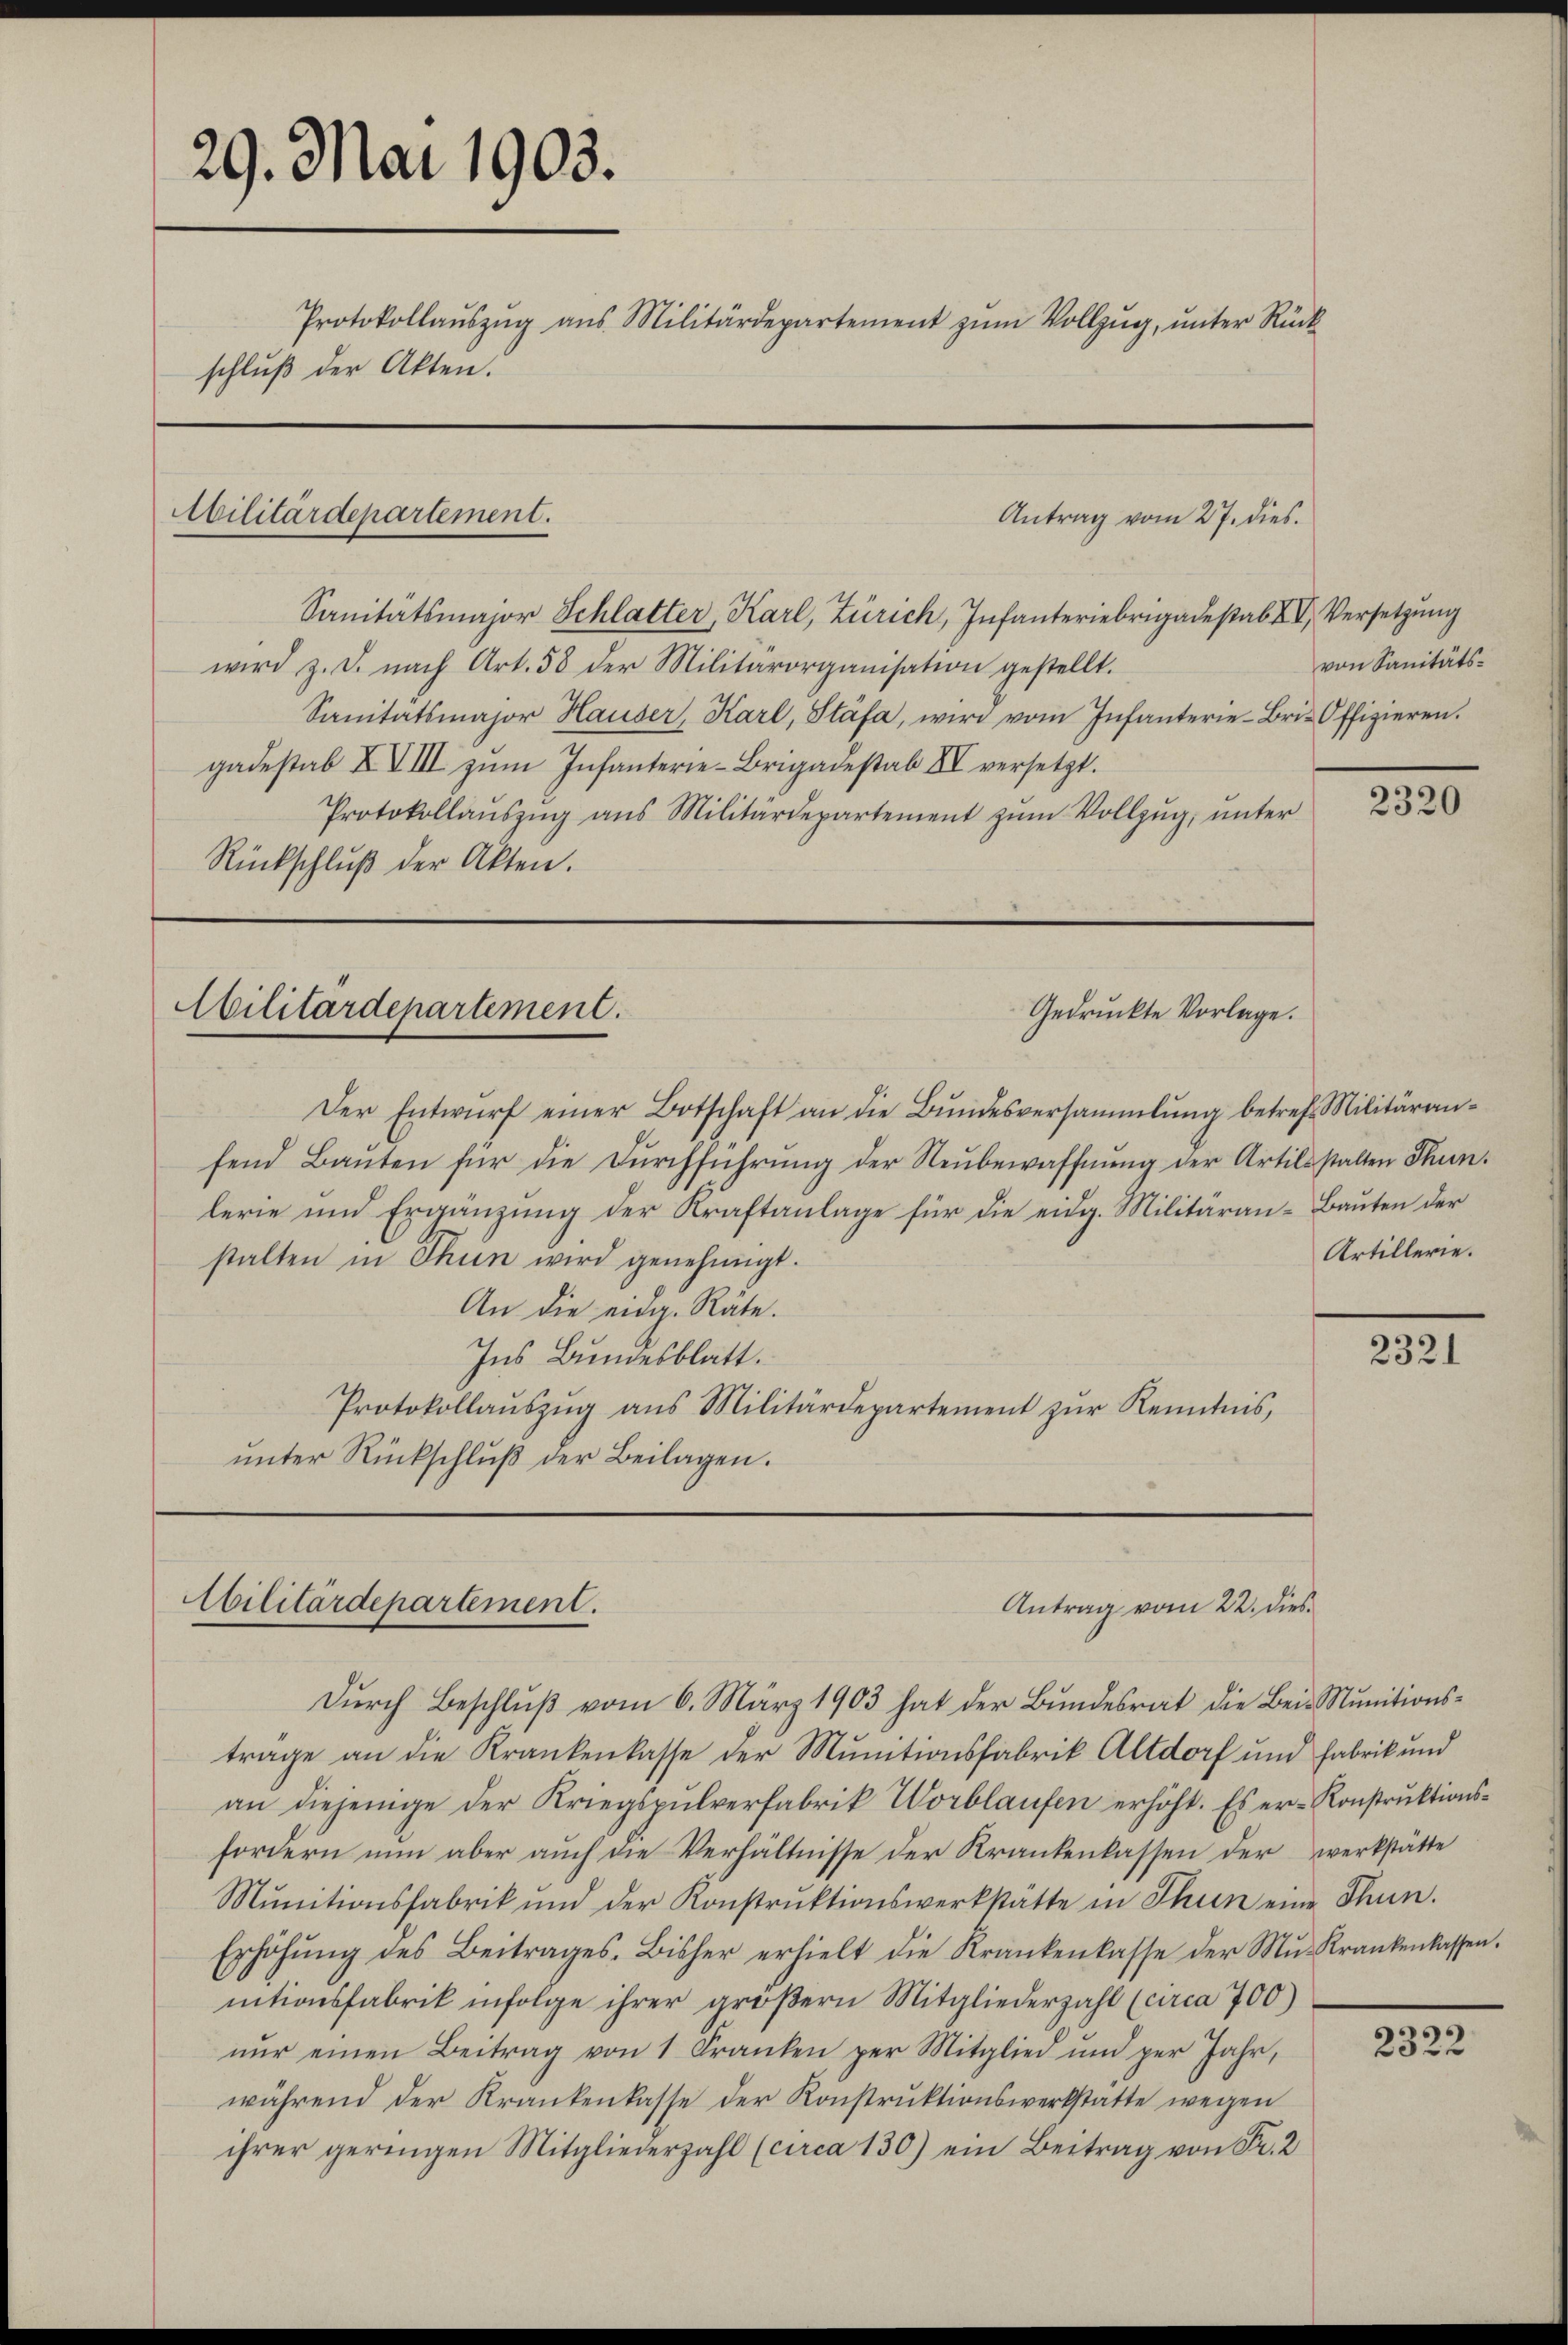
29. Mai 1903.
Protokollaŭszŭg ans Militärdepartement zŭm Vollzŭg, ŭnter Rück-
schluß der Akten.

Sanitätsmajor Schlatter, Karl, Zürich, Infanteriebrigadesab XIV, Versetzŭng
wird z. B. nach Art. 58 der Militärorganisation gestellt.
Sanitätsmajor Hauser, Karl, Stäfa, wird vom Infanterie-Bri- Offizieren.
gadestab XVIII zum Infanterie-Brigadestab XIV versetzt.
Protokollaŭszŭg ans Militärdepartement zŭm Vollzŭg, ŭnter
Rückschlŭβ der Akten.

Militärdepartement.

Der Entwŭrf einer Botschaft an die Bŭndesversammlung betreff Militäranfend Bauten für die Durchführung der Neubewaffnung der Artilsstalten Thun.
lerie und Ergänzŭng der Kraftanlage für die eidg. Militäran- Bauten der
stalten in Thun wird genehmigt.
An die eidg. Räte.
Ins Bundesblatt.
Protokollaŭszŭg ans Militärdepartement zŭr Kenntnis,
ŭnter Rückschlŭβ der Beilagen.

Antrag vom 27. dies

Militärdepartement.
Gedruckte Vorlage.

Durch Beschluß vom 6. März 1903 hat der Bundesrat die Bei- Munitionsträge an die Krankenkasse der Munitionsfabrik Altdorf und Fabrik und
an diejenige der Kriegspulverfabrik Worblaufen erhöht. Es er- Konstruktionsfordern nun aber auch die Verhältnisse der Krankenkassen der werkstätte
Mŭnitionsfabrik und der Konstrŭktionswerkstätte in Thun eine Thun.
Erhöhŭng des Beitrages. Bisher erhielt die Krankenkasse der Mŭ-Krankenlassen.
itionsfabrik infolge ihrer gröβern Mitgliederzahl (circa 700)
nŭr einen Beitrag von 1 Franken per Mitglied und per Jahr,
während der Krankenkasse der Konstruktionswerkstatte wegen
ihrer geringen Mitgliederzahl (circa 130) ein Beitrag von Fr. 2

Cilitärdepartement.
Antrag vom 22. dies

von Sanitäts¬

2320

Artillerie.

2321

2322